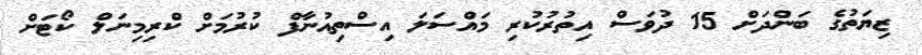
ޒިޔަތުގެ ބަންދަށް 15 ދުވަސް އިތުރުކުރި މައްސަލަ އިސްތިއުނާފް ކުރުމަށް ކްރިމިނަލް ކޯޓަށް